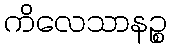
ကိလေသာနဉ္စ